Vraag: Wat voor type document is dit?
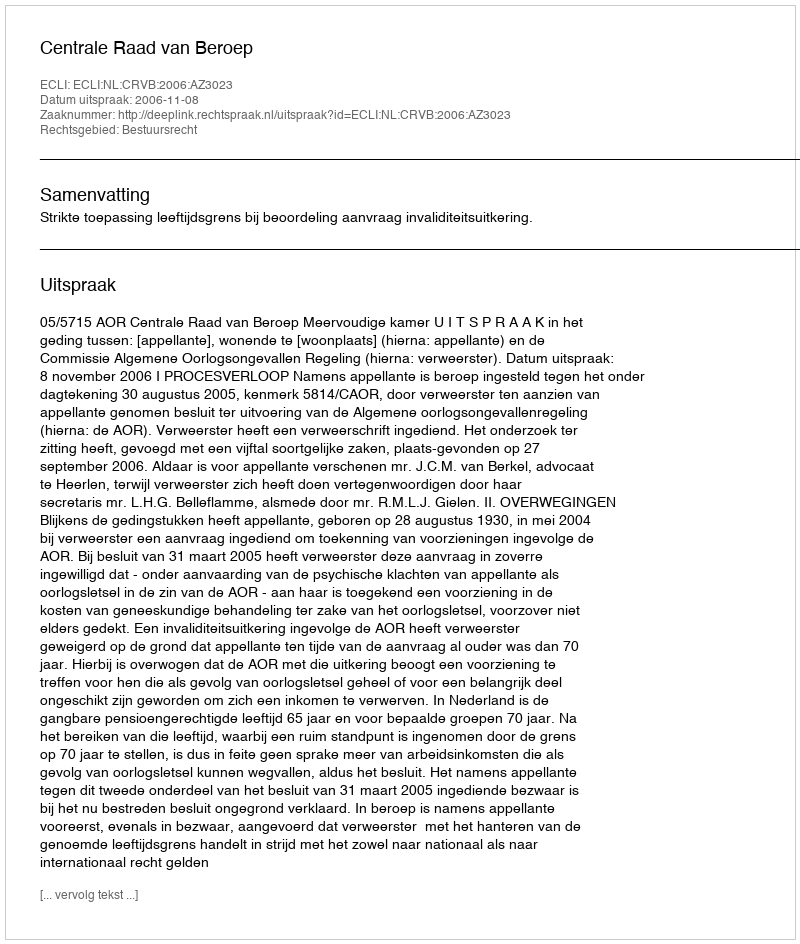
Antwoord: Uitspraak